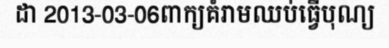
ដា 2013-03-06ពាក្យគំរាមឈប់ធ្វើបុណ្យ